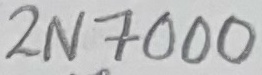
Text: 2N7000